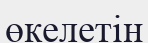
өкелетін